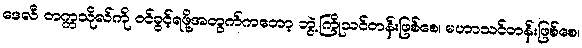
ဒေလီ တက္ကသိုလ်ကို ဝင်ခွင့်ရဖို့အတွက်ကတော့ ဘွဲ့ကြိုသင်တန်းဖြစ်စေ၊ မဟာသင်တန်းဖြစ်စေ၊